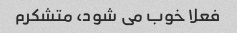
فعلا خوب می شود، متشکرم